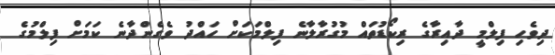
ދިވެހި ފިލްމީ ދާއިރާގެ ރިކޯޑުތައް މުގުރާލާނެ ފިލްމަކަށް ހައްދު ވެގެންދާނެ ކަމަށް ފިލްމުގެ